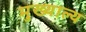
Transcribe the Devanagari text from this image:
मुख्याल्य